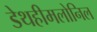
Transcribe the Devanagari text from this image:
डेथहीमलोनिल